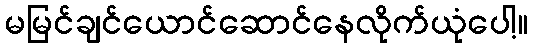
မမြင်ချင်ယောင်ဆောင်နေလိုက်ယုံပေါ့။